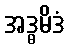
အဒ္ဓမိဒံ